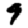
Digit: 9